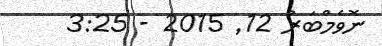
ނޮވެމްބަރު 12